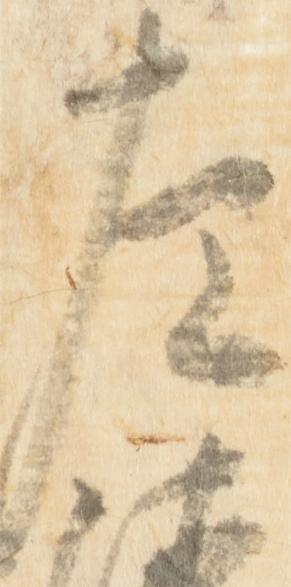
左